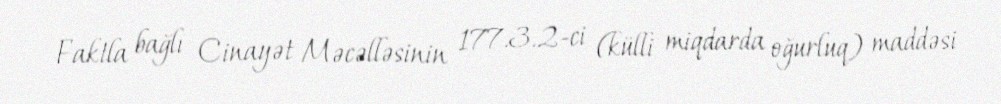
Faktla bağlı Cinayət Məcəlləsinin 177.3.2-ci (külli miqdarda oğurluq) maddəsi